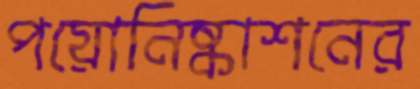
পয়োনিষ্কাশনের